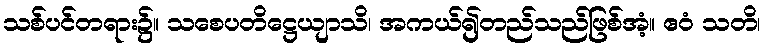
သစ်ပင်တရား၌။ သစေပတိဋ္ဌေယျာသိ၊ အကယ်၍တည်သည်ဖြစ်အံ့။ ဧဝံ သတိ၊